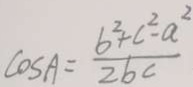
\cos A = \frac { b ^ { 2 } + c ^ { 2 } - a ^ { 2 } } { 2 b c }